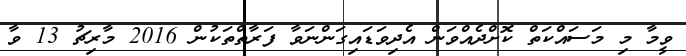
ވީމާ މި މަސައްކަތް ކޮށްދެއްވަން އެދިވަޑައިގަންނަވާ ފަރާތްތަކުން 2016 މާރިޗު 13 ވާ